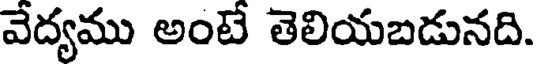
వేద్యము అంటే తెలియబడునది.